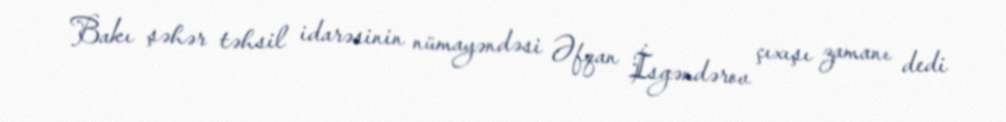
Bakı şəhər təhsil idarəsinin nümayəndəsi Əfqan İsgəndərov çıxışı zamanı dedi